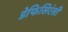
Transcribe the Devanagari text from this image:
डेफिसिएंसी